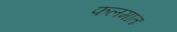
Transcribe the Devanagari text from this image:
फलमातः